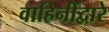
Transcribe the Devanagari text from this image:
वाहिनींद्वारे